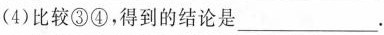
(4)比较③④，得到的结论是___.